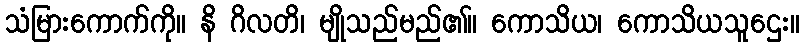
သံမြားကောက်ကို။ နိ ဂိလတိ၊ မျိုသည်မည်၏။ ကောသိယ၊ ကောသိယသူဌေး။